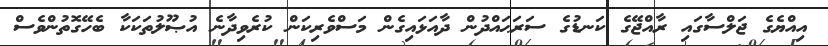
އިއްޔެގެ ޖަލްސާގައި ރާއްޖޭގެ ކަނޑުގެ ސަރަޙައްދުން ދާއަޅައިގެން މަސްވެރިކަން ކުރެވިދާނެ އުޞޫލުތަކަކާ ބެހޭގޮތުންވެސް